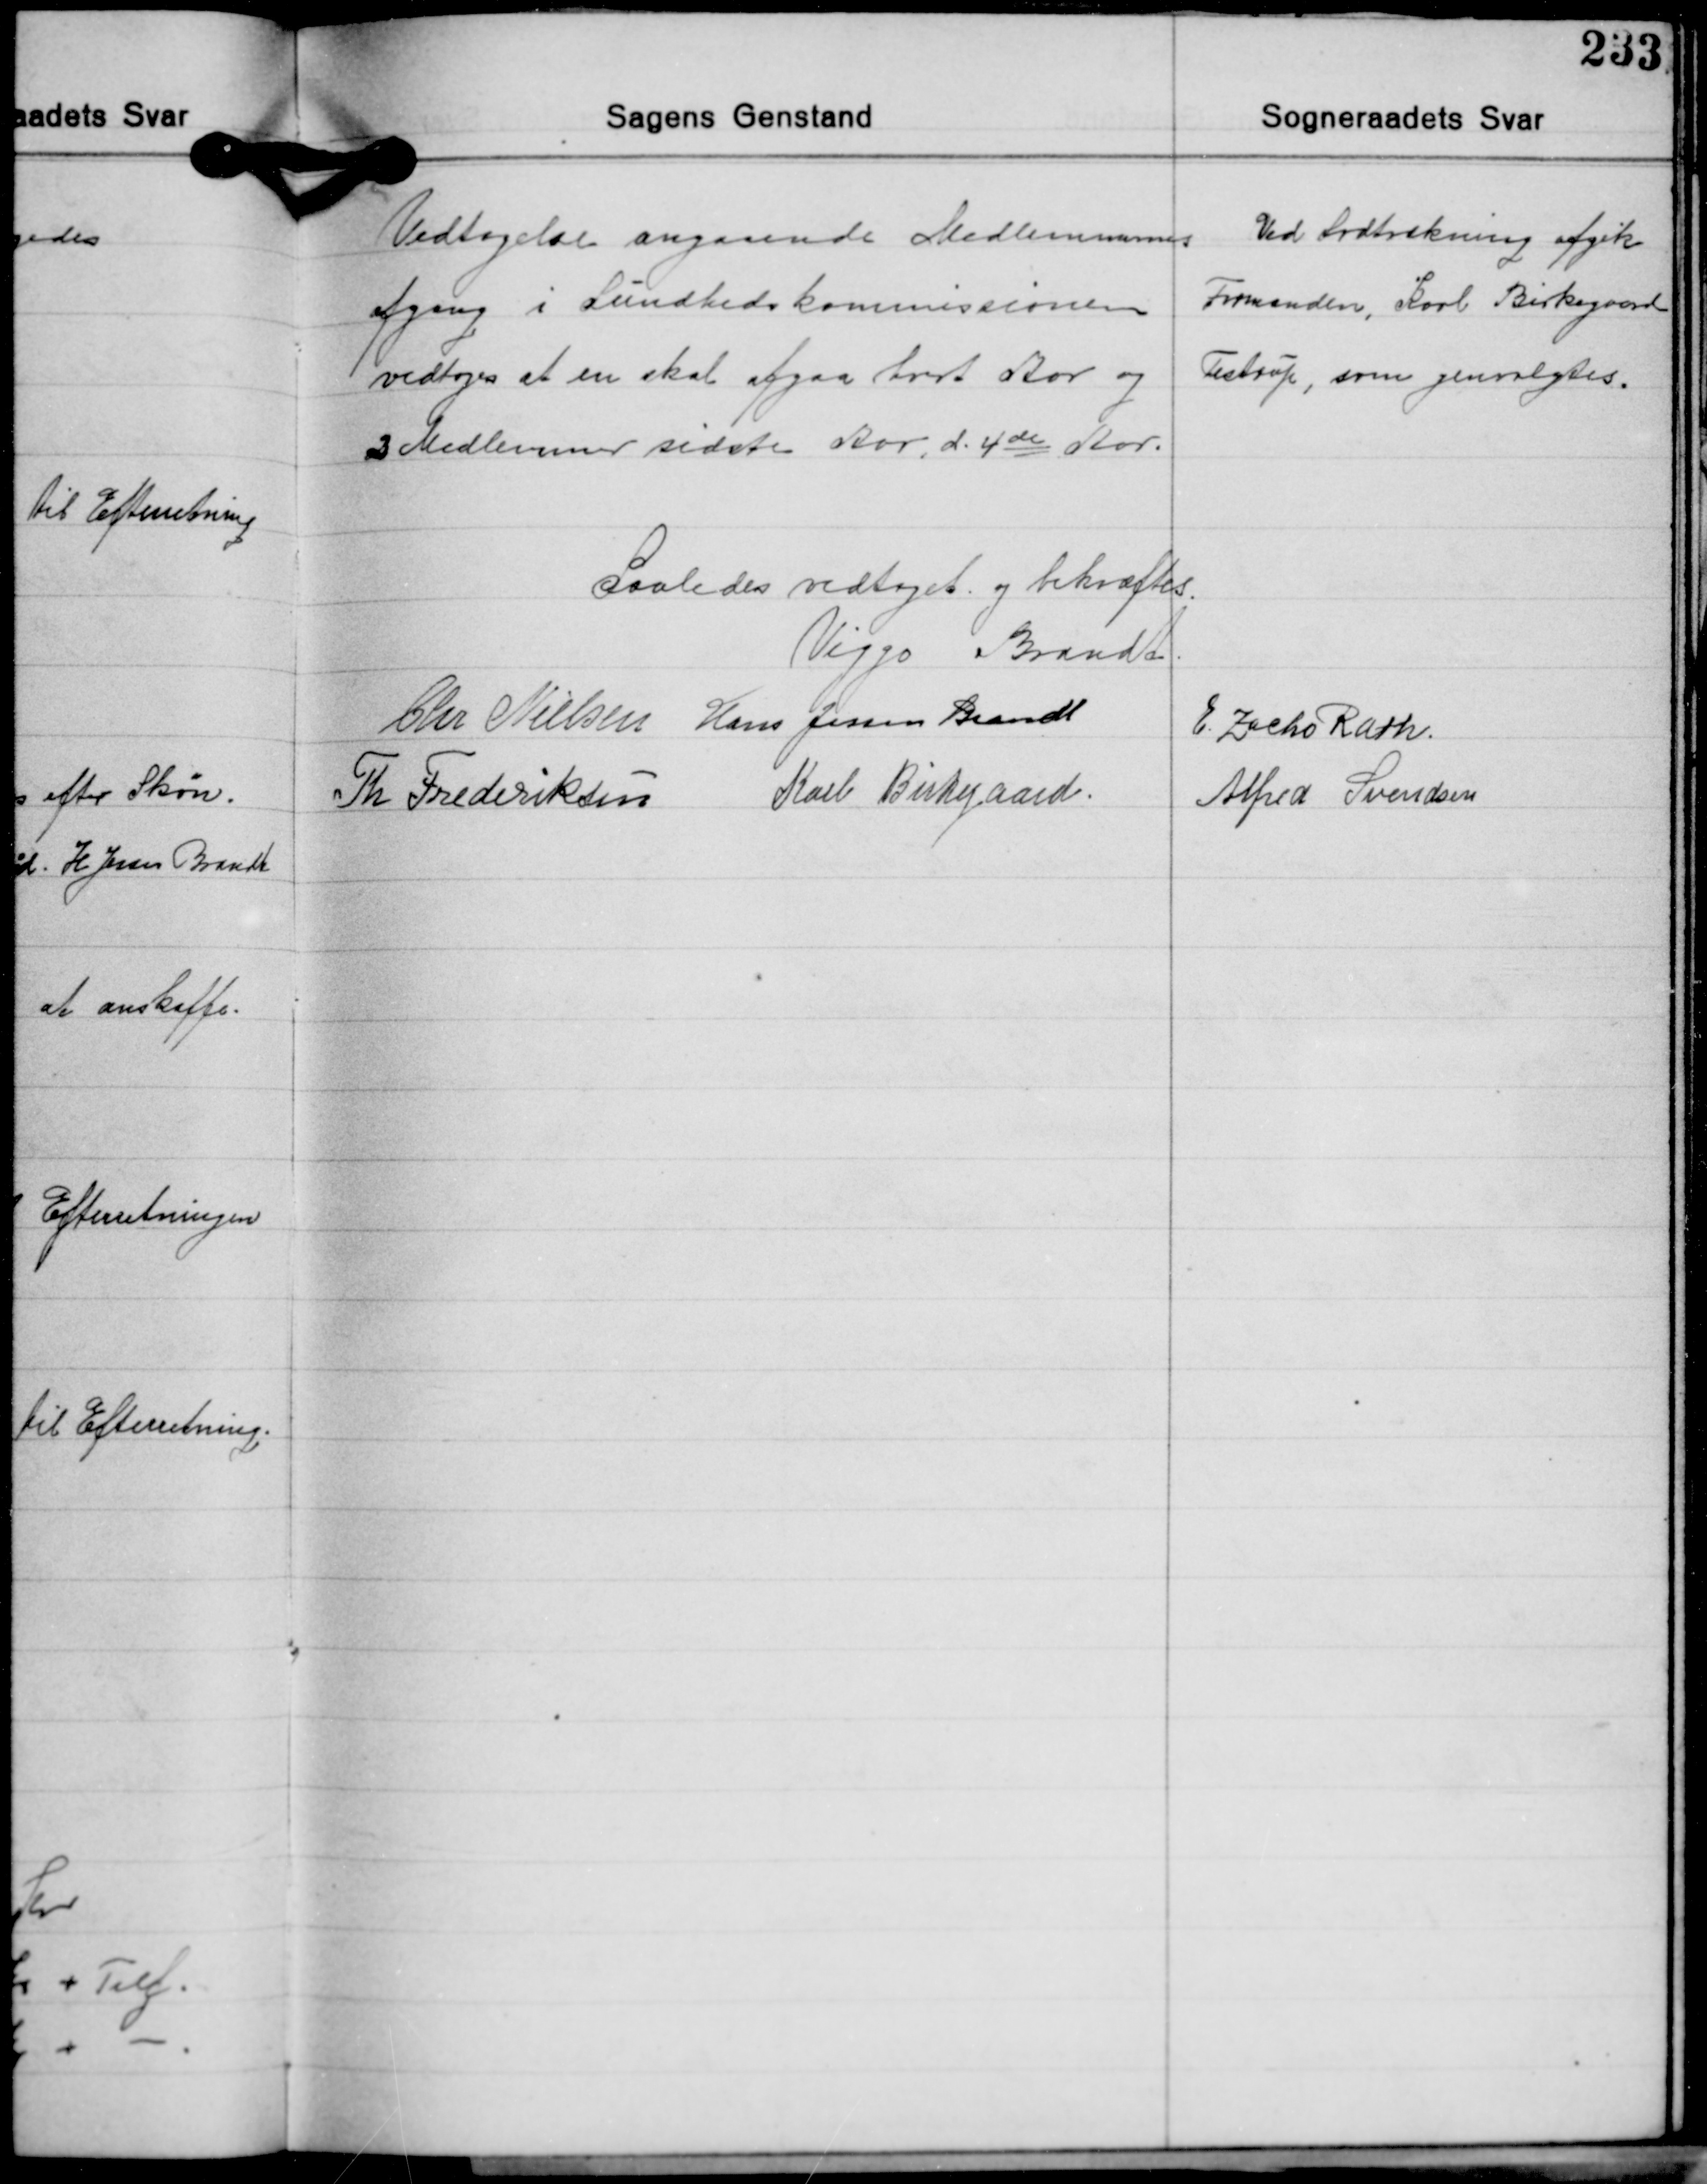
Transskription:
Vedtagelse angaaende Medlemmernes
afgang i Sundhedskommissionen
vedtoges at en skal afgaa hvrt Aar og
2 Medlemmer sidste Aar, d. 4de Aar.

Ved Lodtrækning afgik
Formanden, Karl Birkegaard
Testrup, som genvalgtes.

Saaledes vedtaget og bekræftes.
Viggo Brandt
Chr. Nielsen Hans Jessen Brandt E. Zacho Rath
Alfred Svendsen
Th. Frederiksen Karl Birkegaard